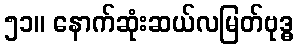
၅၁။ နောက်ဆုံးဆယ်လမြတ်ဗုဒ္ဓ